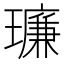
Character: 𪼥